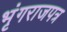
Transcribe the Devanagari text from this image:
भृंगराजपत्र